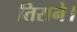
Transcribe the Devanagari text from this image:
तिराने।